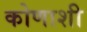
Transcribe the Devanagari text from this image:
कोणाशी